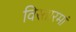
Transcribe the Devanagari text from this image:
विस्तारमां